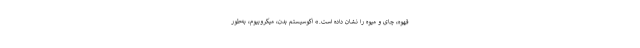
قهوه، چای و میوه را نشان داده است.» اکوسیستم بدن، میکروبیوم، به‌طور